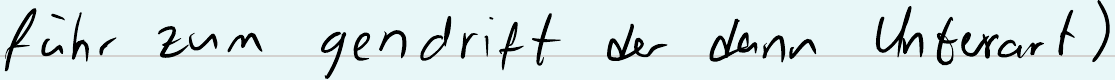
führ zum gendrift der dann Unterart